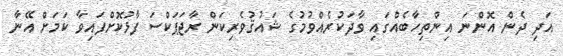
އަދި ދެން އޮންނަ އިންތިހާބެއްގައި ވާދަކުރެއްވުމުގެ ޝައުޤުވެރިކަން ރާޖަޕަކްސަ ފާޅުކޮށްފައިވާ ކަމަށް އޭނާ